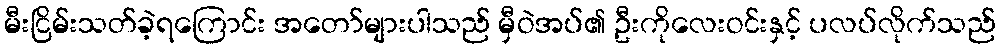
မီးငြိမ်းသတ်ခဲ့ရကြောင်း အတော်များပါသည် မှီဝဲအပ်၏ ဦးကိုလေးဝင်းနှင့် ပလပ်လိုက်သည်